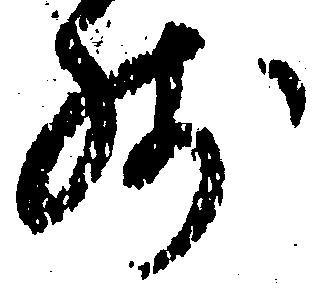
残